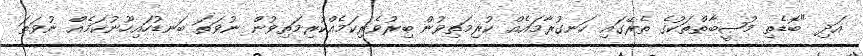
އަދި "ބޮޑެތި މުޞީބާތްތަކުގެ ތެރޭގައި ހަނގުރާމައެއް ކުރިމަތިވުން ބިރުވެރިކަމެއްކުރިމަތިވުން ނުވަތަ ބަނޑުހައިހޫނުކަމެއް ނުވަތަ